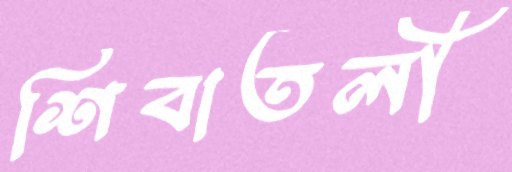
শিবাতলী